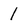
Character: 1